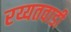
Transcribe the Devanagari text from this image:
रय्यतवाडी